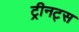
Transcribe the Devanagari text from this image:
ट्रीनट्स